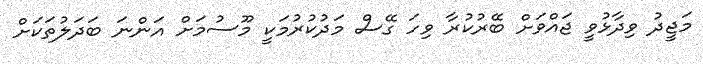
މަޖީދު ވިދާޅުވީ ޖައްވަށް ބޭރުކުރާ ވިހަ ގޭސް މަދުކުރުމަކީ މޫސުމަށް އަންނަ ބަދަލުތަކަށް